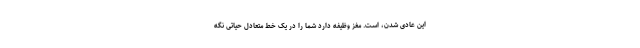
این عادی شدن، است. مغز وظیفه دارد شما را در یک خط متعادل حیاتی نگه